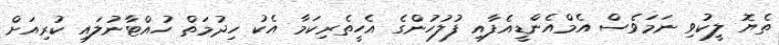
ތެޔޮ ލީކުވި ނަމަވެސް އެމްއެންޑީއެފާއި ފުލުހުންގެ އެހީތެރިކަމާ އެކު ހިދުމަތް ހުއްޓާނުލައި ކުރިއަށް